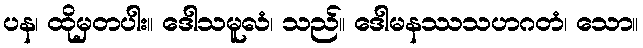
ပန၊ ထိုမှတပါး။ ဒေါသမူလံ၊ သည်။ ဒေါမနဿသဟဂတံ၊ သော။